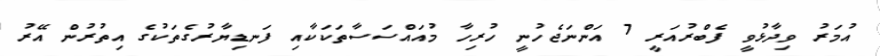
އުމަރު ވިދާޅުވީ ފެބްރުއަރީ 7 އަންނަޖެހުނީ ހުރިހާ މުއައްސަސާތަކަކާއި ފަނޑިޔާރުގެތަކުގެ އިތުރުން އޭރު